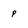
Character: p